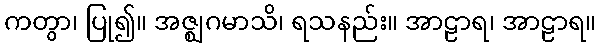
ကတွာ၊ ပြု၍။ အဇ္ဈဂမာသိ၊ ရသနည်း။ အာဠာရ၊ အာဠာရ။